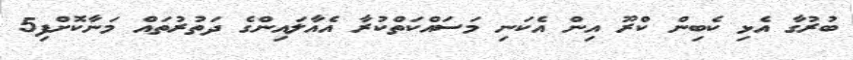
ބުރުގާ އެޅި ކެބިން ކްރޫ އިން އެކަނި މަސައްކަތްކުރާ އެއާލައިންގެ ދަތުރުތައް މަނާކޮށްފި5